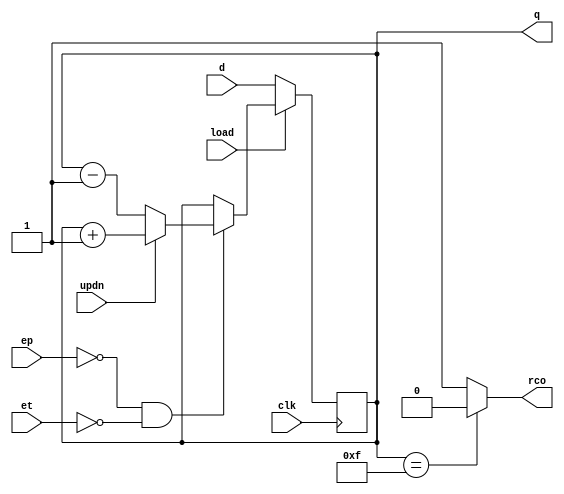
module sn74ls169(q, rco, d, updn, clk, ep, et, load);
input [3:0] d;
input updn, clk, ep, et, load;
output [3:0] q;
output rco;
reg [3:0] cnt;
reg rc;
wire [3:0] inc, dec;

parameter
	tPLH_min=0,  tPLH_typ=23, tPLH_max=35, // worst case
	tPHL_min=0,  tPHL_typ=17, tPHL_max=25,
	tPLHR_min=0, tPLHR_typ=26, tPLHR_max=40,
	tPHLR_min=0, tPHLR_typ=17, tPHLR_max=25;
	// clear delay ignored

initial
begin
	cnt <= 4'bxxxx;
	rc <= 0;
end

assign inc = cnt+1;
assign dec = cnt-1;

always @(posedge clk)
begin
	if (load==0)
		cnt <= d;
	else if (ep==0 && et==0) begin
		cnt <= updn ? inc : dec;
	end
end

	assign #(tPLH_min:tPLH_typ:tPLH_max, tPHL_min:tPHL_typ:tPHL_max)
		q = cnt;
	assign #(tPLHR_min:tPLHR_typ:tPLHR_max, tPHLR_min:tPHLR_typ:tPHLR_max)
		rco = cnt==15 ? 0 : 1;

endmodule